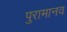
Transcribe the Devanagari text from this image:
पुरामानव